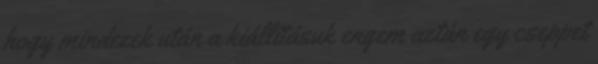
hogy mindezek után a kiállításuk engem aztán egy cseppet